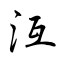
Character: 沍